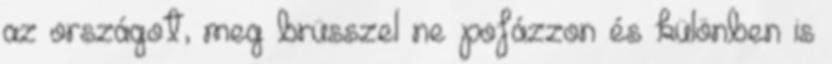
az országot, meg brüsszel ne pofázzon és különben is